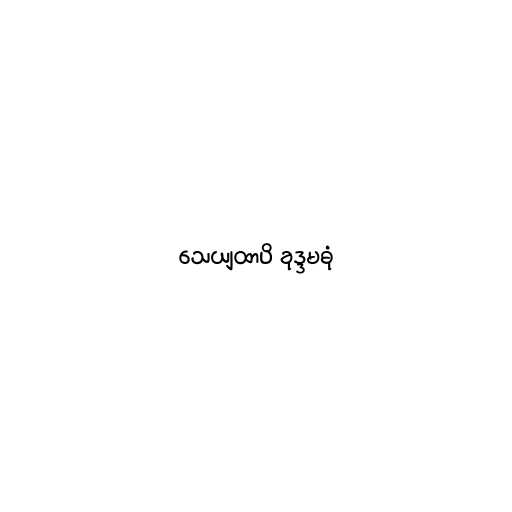
သေယျထာပိ ခုဒ္ဒမဓုံ